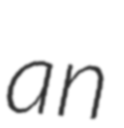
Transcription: an